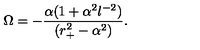
\Omega = - { \frac { \alpha ( 1 + \alpha ^ { 2 } l ^ { - 2 } ) } { ( r _ { + } ^ { 2 } - \alpha ^ { 2 } ) } } .